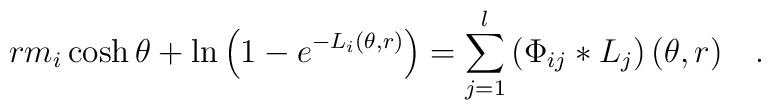
rm_{i}\cosh \theta +\ln \left( 1-e^{-L_{i}(\theta ,r)}\right)=\sum\limits_{j=1}^{l}\left( \Phi _{ij}*L_{j}\right) (\theta ,r)\quad .